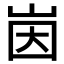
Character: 𱛤